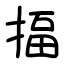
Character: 揊